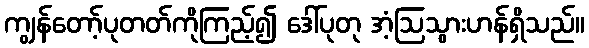
ကျွန်တော့်ပုတတ်ကိုကြည့်၍ ဒေါ်ပုတု အံ့ဩသွားဟန်ရှိသည်။